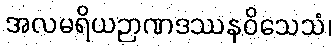
အလမရိယဉာဏဒဿနဝိသေသံ၊